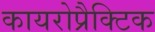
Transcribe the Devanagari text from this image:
कायरोप्रैक्टिक